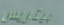
بيتريس